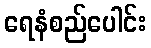
ရေနံစည်ပေါင်း